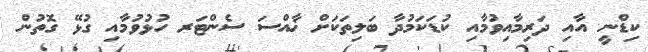
ކިޑްނީ އާއި ދަރިމާއިވުމާއި ކުޑަކަމުދާ ބަލިތަކަށް ޚާއްސަ ސެންޓަރ ހުޅުވުމާއި ގުޅޭ ގޮތުން